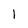
Character: 1